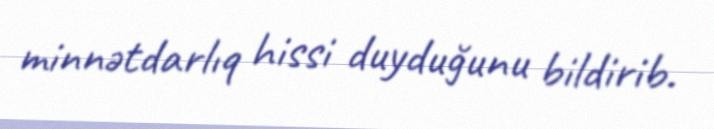
minnətdarlıq hissi duyduğunu bildirib.